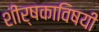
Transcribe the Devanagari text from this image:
शीर्षकाविषयी